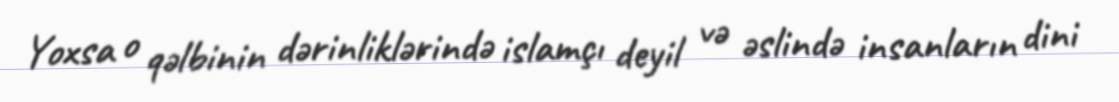
Yoxsa o qəlbinin dərinliklərində islamçı deyil və əslində insanların dini